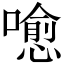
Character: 𡀍